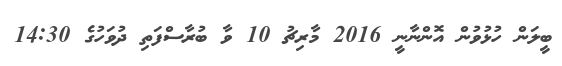
ބީލަން ހުޅުވުން އޮންނާނީ 2016 މާރިޗު 10 ވާ ބުރާސްފަތި ދުވަހުގެ 14:30